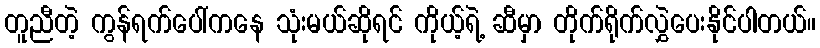
တူညီတဲ့ ကွန်ရက်ပေါ်ကနေ သုံးမယ်ဆိုရင် ကိုယ့်ရဲ့ ဆီမှာ တိုက်ရိုက်လွှဲပေးနိုင်ပါတယ်။